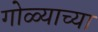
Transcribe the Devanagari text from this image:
गोळ्याच्या